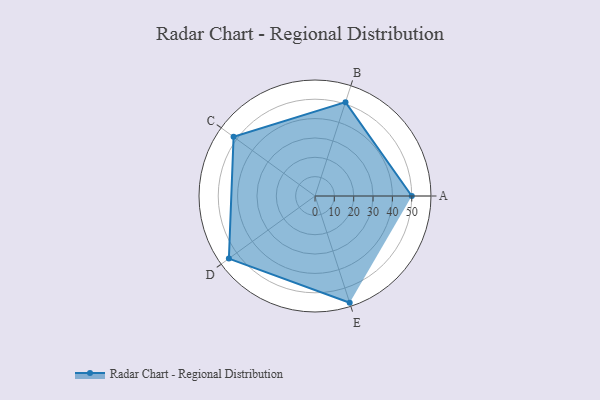
{"axis": {"x": "Skill", "y": "Score"}, "legend": ["Profile"], "data": [{"x": "A", "y": 50.0, "type": "Profile"}, {"x": "B", "y": 51.0, "type": "Profile"}, {"x": "C", "y": 52.0, "type": "Profile"}, {"x": "D", "y": 55.0, "type": "Profile"}, {"x": "E", "y": 58.0, "type": "Profile"}]}